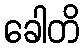
ခေါတိ